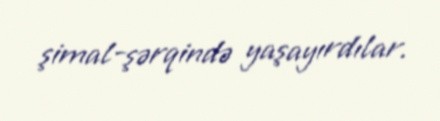
şimal-şərqində yaşayırdılar.